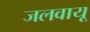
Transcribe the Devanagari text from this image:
जलवायू